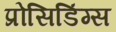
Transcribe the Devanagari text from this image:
प्रोसिडिंग्स